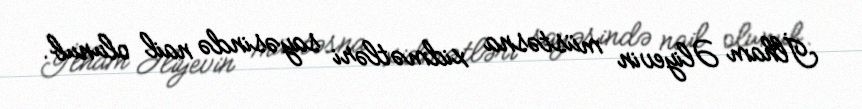
İlham Əliyevin müstəsna xidmətləri sayəsində nail olunub.